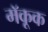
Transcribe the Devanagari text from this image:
मॅकूक